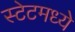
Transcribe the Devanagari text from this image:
स्टेटमध्ये